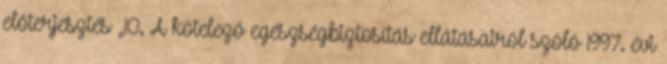
előterjesztés „10. A kötelező egészségbiztosítás ellátásairól szóló 1997. évi